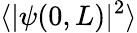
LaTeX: \langle\vert\psi(0,L)\vert^{2}\rangle